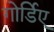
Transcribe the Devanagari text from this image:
गोर्डिए